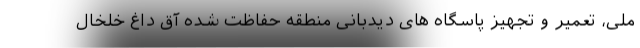
ملی، تعمیر و تجهیز پاسگاه های دیدبانی منطقه حفاظت شده آق داغ خلخال